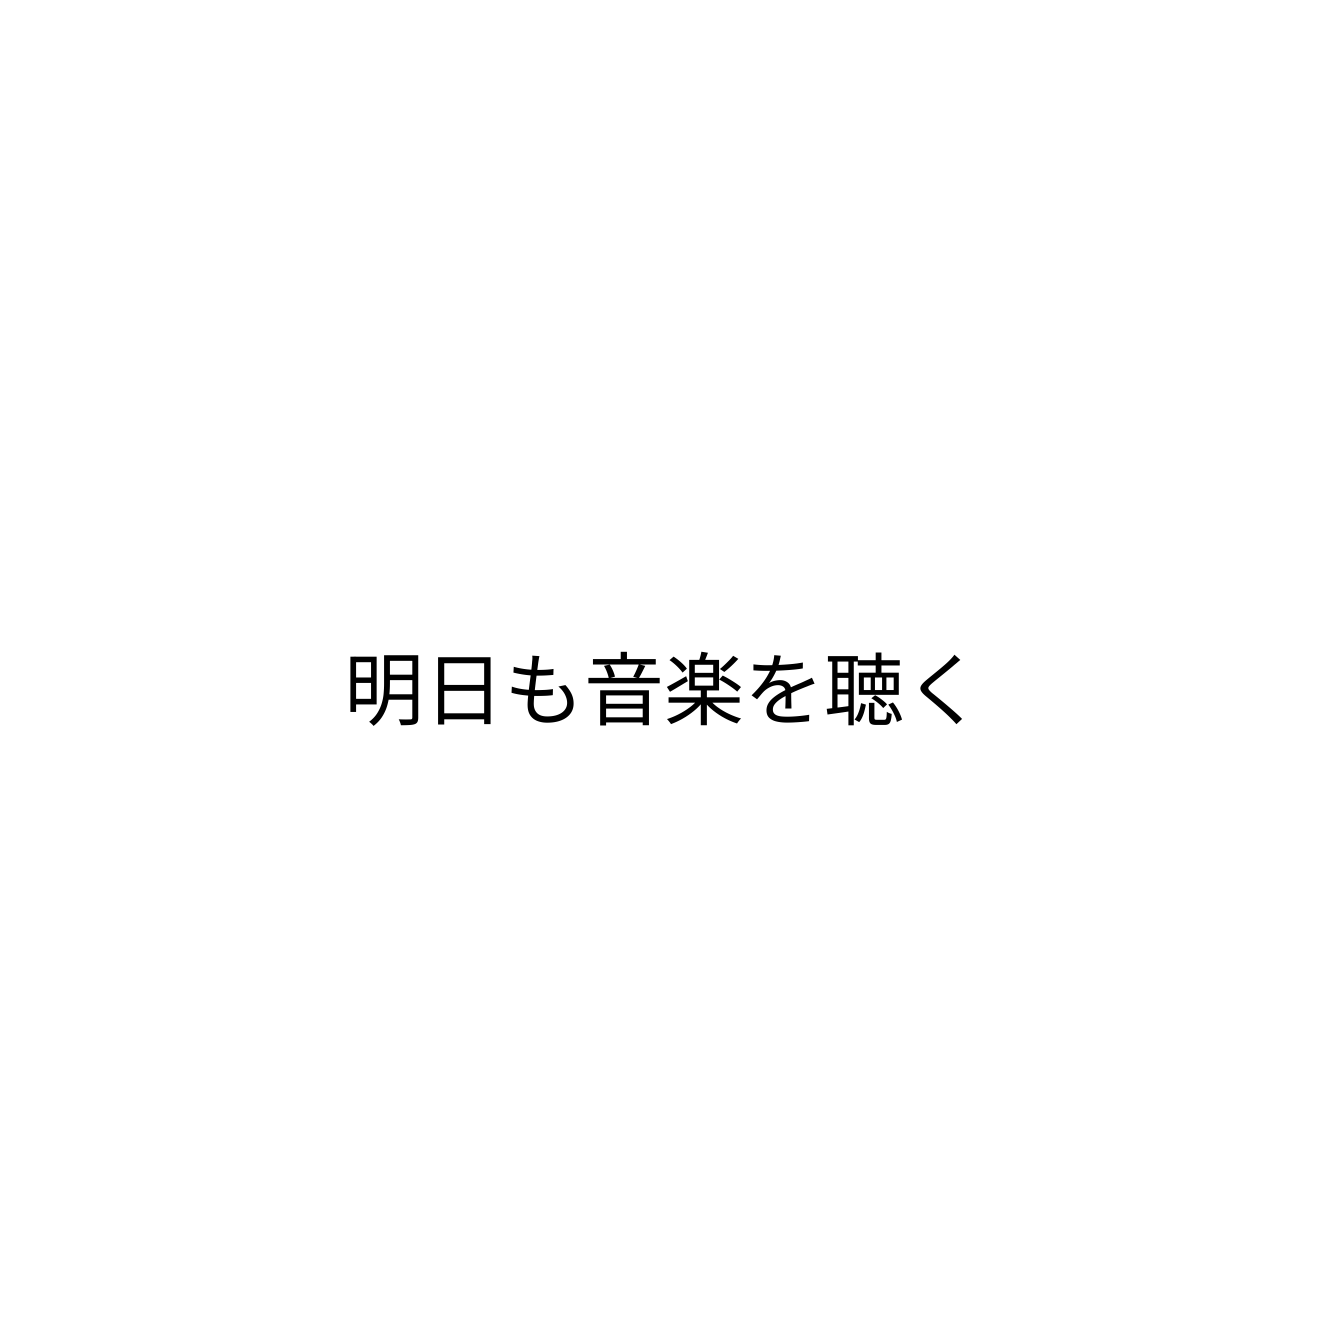
明日も音楽を聴く